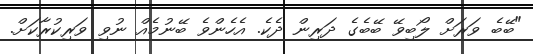
"ބޭބެ ވަރަށް ލޯބިވޭ ބޭބެގެ ދަރިން ދެކެ. އެހެންވެ ބޭނުމެއް ނުވި ވަރިކުރާކަށް.